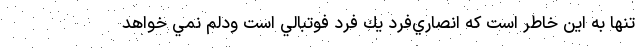
تنها به اين خاطر است كه انصاري‌فرد يك فرد فوتبالي است ودلم نمي خواهد